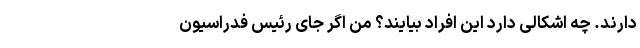
دارند. چه اشکالی دارد این افراد بیایند؟ من اگر جای رئیس فدراسیون